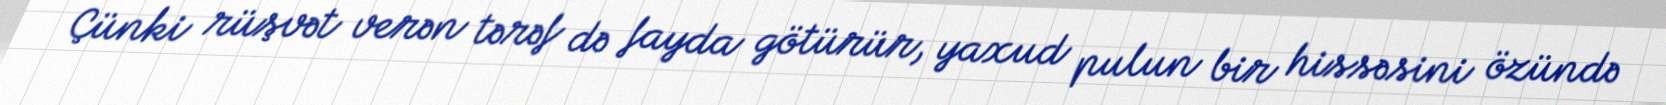
Çünki rüşvət verən tərəf də fayda götürür, yaxud pulun bir hissəsini özündə